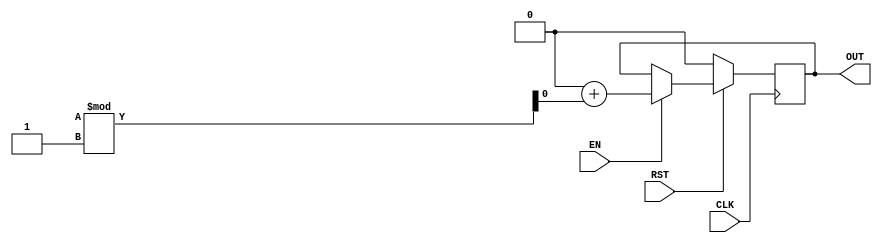

`ifdef BSV_ASSIGNMENT_DELAY
`else
  `define BSV_ASSIGNMENT_DELAY
`endif

`ifdef BSV_POSITIVE_RESET
  `define BSV_RESET_VALUE 1'b1
  `define BSV_RESET_EDGE posedge
`else
  `define BSV_RESET_VALUE 1'b0
  `define BSV_RESET_EDGE negedge
`endif


module ConstrainedRandom(CLK, RST, OUT, EN);

   parameter width = 1 ;
   parameter min = 0 ;
   parameter max = 0 ;

   input           CLK;
   input           RST;
   input           EN;
   output [width - 1: 0] OUT;

   reg [width - 1: 0]    OUT;
   reg [width - 1: 0]    OUT2;

   integer 	    i;
   always@(posedge CLK)
     begin
        if (RST == `BSV_RESET_VALUE)
          OUT <= min;
        else if (EN)
	  begin
	     i = 0;
	     OUT2 = 0;
	     for (i = 0; i <= width; i = i + 32) begin
		OUT2 = {OUT2, $random};
	     end
	     if ((1 + (max - min)) == 0)
	       OUT <= `BSV_ASSIGNMENT_DELAY min + OUT2;
	     else
	       OUT <= `BSV_ASSIGNMENT_DELAY min + (OUT2 % (1 + (max - min)));
	  end

     end

   // synopsys translate_off
   initial begin
      OUT = {((width + 1)/2){2'b10}} ;
   end
   // synopsys translate_on


endmodule // ConstrainedRandom